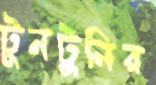
টুনটুনির